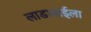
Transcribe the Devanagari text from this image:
लाडाबाईला